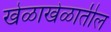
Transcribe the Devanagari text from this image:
खेळाखेळातील